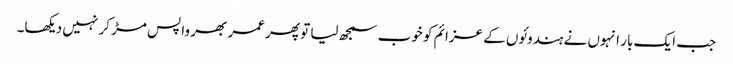
جب ایک بار انہوں نے ہندوئوں کے عزائم کو خوب سمجھ لیا تو پھر عمر بھر واپس مڑ کر نہیں دیکھا۔